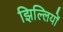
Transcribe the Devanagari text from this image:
झिल्‍लियों